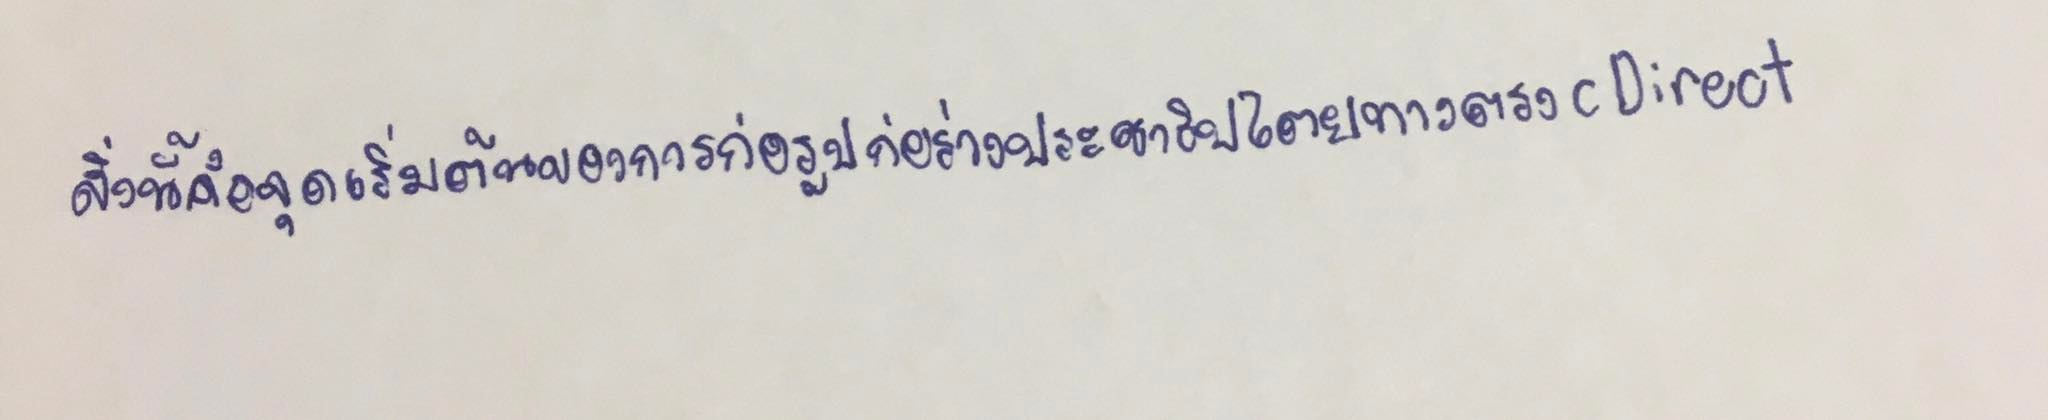
สิ่งนี้คือจุดเริ่มต้นของการก่อรูปก่อร่างประชาธิปไตยทางตรง(Direct